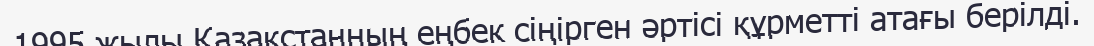
1995 жылы Қазақстанның еңбек сіңірген әртісі құрметті атағы берілді.